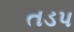
તડપ